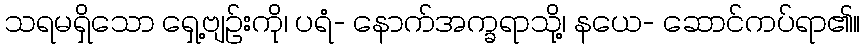
သရမရှိသော ရှေ့ဗျဉ်းကို၊ ပရံ- နောက်အက္ခရာသို့၊ နယေ- ဆောင်ကပ်ရာ၏။